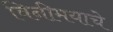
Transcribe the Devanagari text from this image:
विनीमयाचे